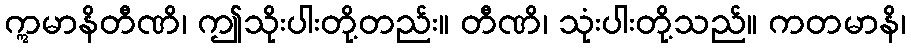
ဣမာနိတီဏိ၊ ဤသိုးပါးတို့တည်း။ တီဏိ၊ သုံးပါးတို့သည်။ ကတမာနိ၊